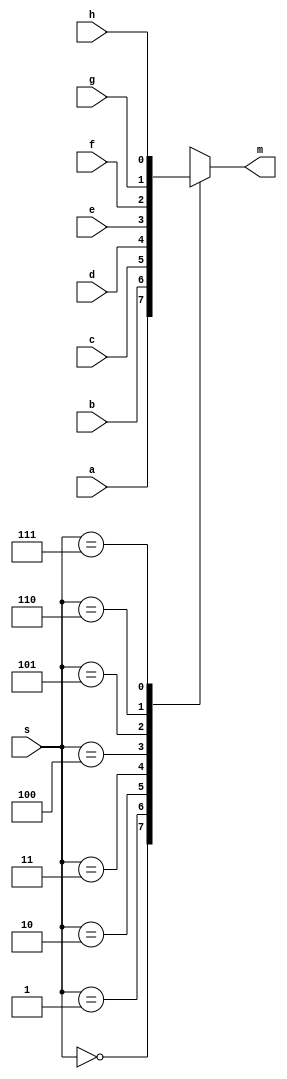
// Mark Mitri & Ryan Forelli
// 8/30/2021
// ECE 128
// Lab 1 Part 4

`timescale 1ns / 1ps

module multiplexer_8to1_behav(input a,input b,input c,input d,input e,input f,input g,input h,input [2:0] s,output reg m);
    // * is equivalent to all
    always @ (*)
        begin
        case (s)
            0 : m = a;
            1 : m = b;
            2 : m = c;
            3 : m = d;
            4 : m = e;
            5 : m = f;
            6 : m = g;
            7 : m = h;
        endcase
    end
endmodule